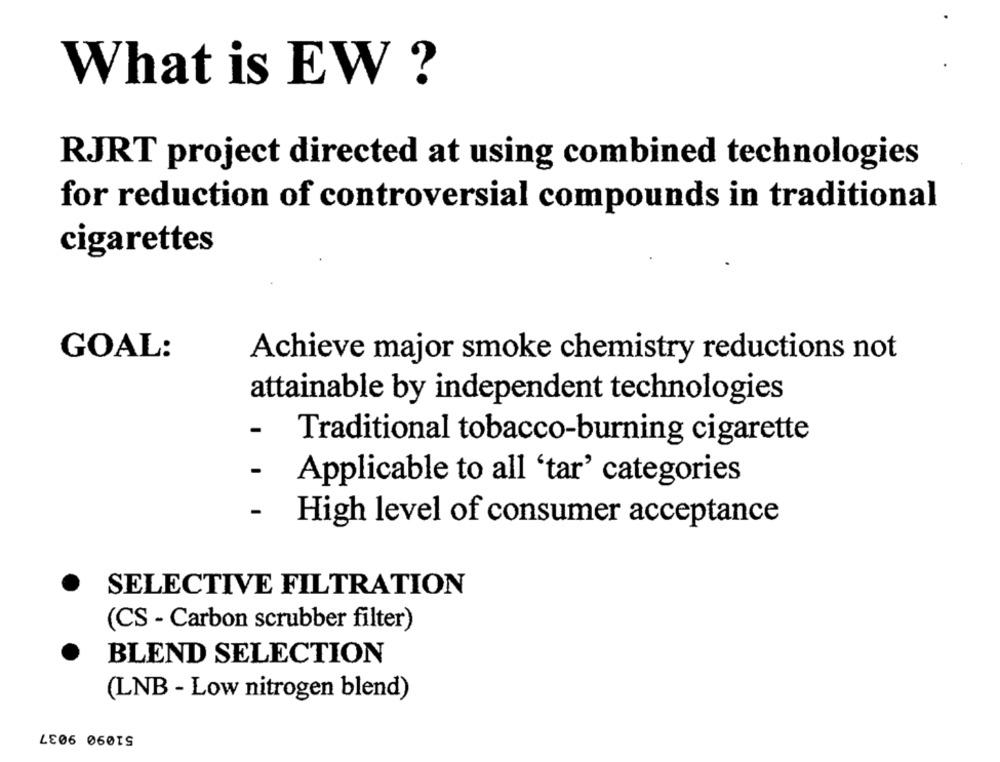
What is EW ?
RJRT project directed at using combined technologies
for reduction of controversial compounds in traditional
cigarettes
GOAL:
Achieve major smoke chemistry reductions not
attainable by independent technologies
-
Traditional tobacco-burning cigarette
-
Applicable to all 'tar' categories
-
High level of consumer acceptance
SELECTIVE FILTRATION
(CS - Carbon scrubber filter)
BLEND SELECTION
(LNB - Low nitrogen blend)
51090 9037